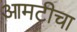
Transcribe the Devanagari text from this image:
आमटीचा